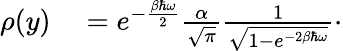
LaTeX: \begin{array}{rl}{\rho(y)}&{{}=e^{-\frac{\beta\hbar\omega}{2}}\frac{\alpha}{\sqrt{\pi}}\frac{1}{\sqrt{1-e^{-2\beta\hbar\omega}}}\cdot}\end{array}